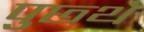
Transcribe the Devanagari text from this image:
पुछ्थे